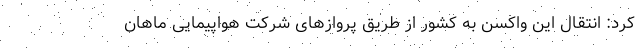
کرد: انتقال این واکسن به کشور از طریق پروازهای شرکت هواپیمایی ماهان